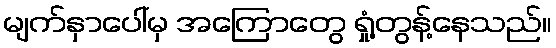
မျက်နှာပေါ်မှ အကြောတွေ ရှုံ့တွန့်နေသည်။